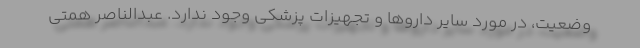
وضعیت، در مورد سایر داروها و تجهیزات پزشکی وجود ندارد. عبدالناصر همتی